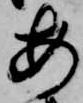
安